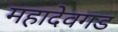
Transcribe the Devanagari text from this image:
महादेवगड